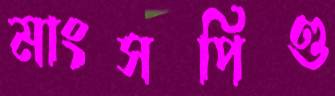
মাংসপিণ্ড